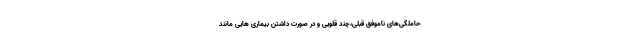
حاملگی‌های ناموفق قبلی،چند قلویی و در صورت داشتن بیماری هایی مانند